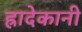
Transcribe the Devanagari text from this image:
ह्रादेकानी